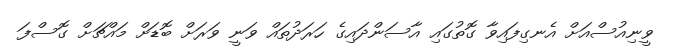
ވީނިއުސްއަށް އެނގިފައިވާ ގޮތުގައި އާސަންދައިގެ ހަރަދުތައް ވަނީ ވަރަށް ބޮޑަށް މައްޗަށް ގޮސްފަ